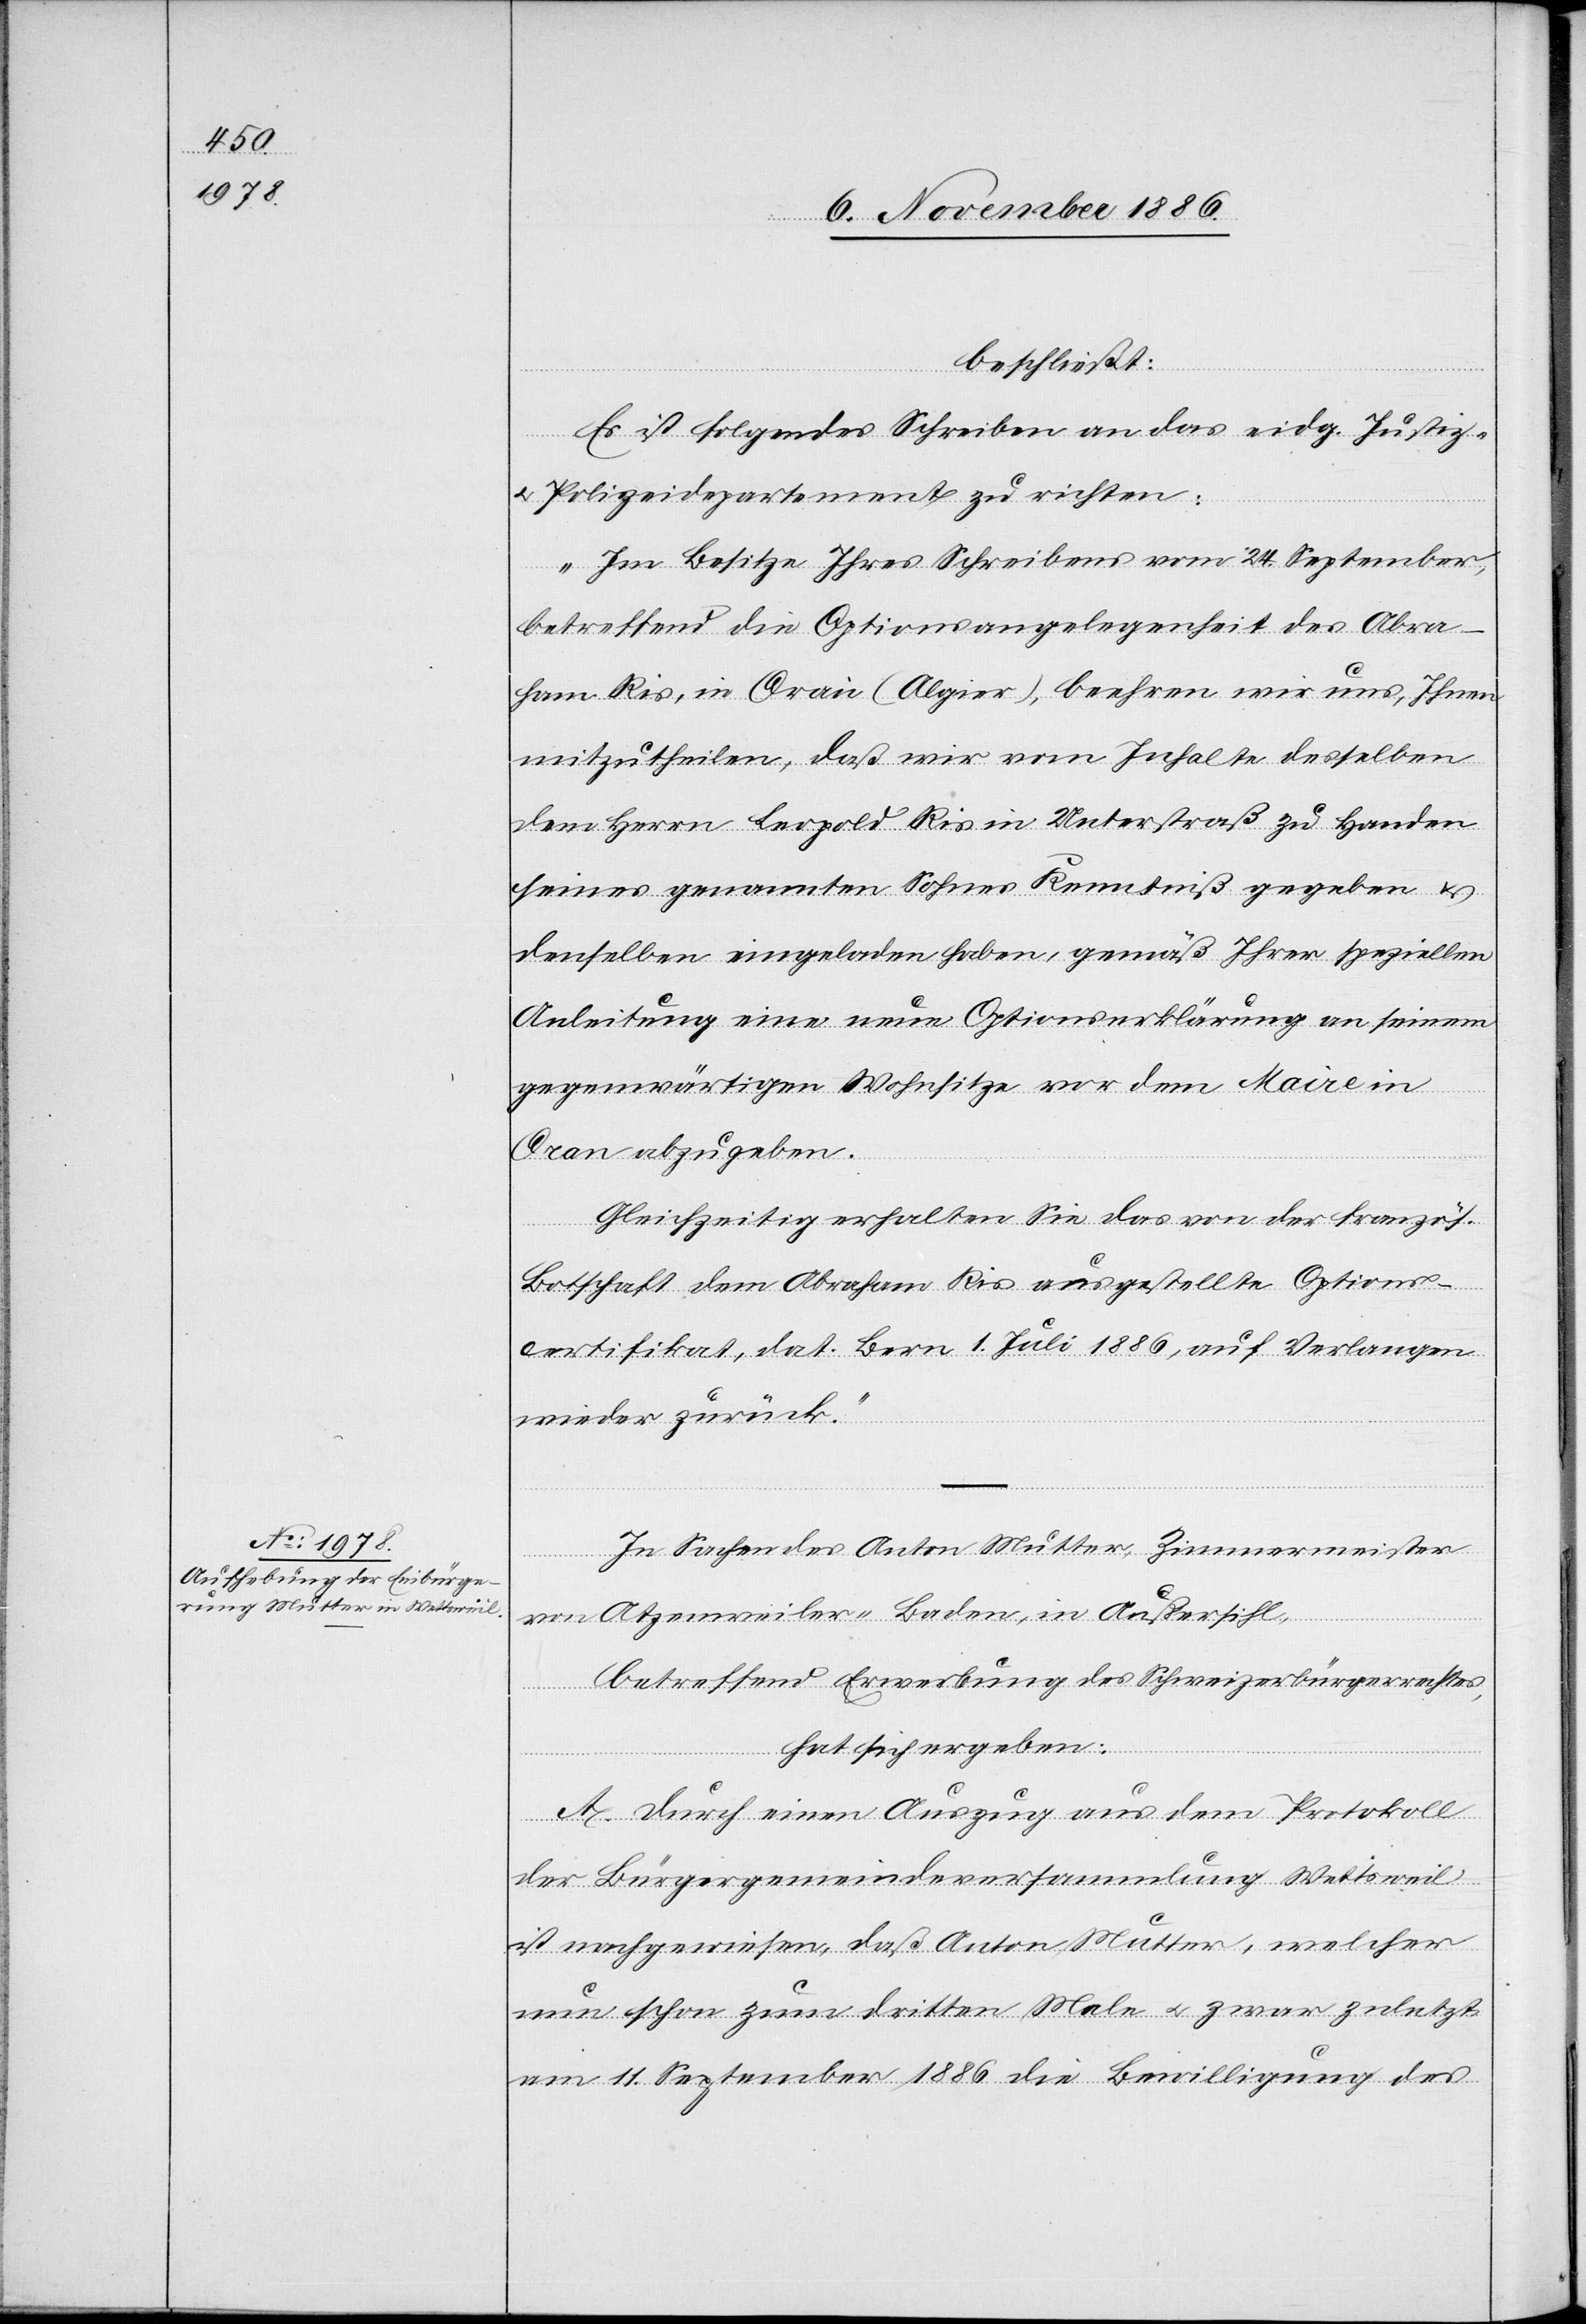
beschließt:
Es ist folgendes Schreiben an das eidg. Justiz-
& Polizeidepartement zu richten:
„Im Besitze Ihres Schreibens vom 24. September,
betreffend die Optionsangelegenheit des Abra¬
ham Ris, in Oran (Algier), beehren wir uns, Ihnen
mitzutheilen, daß wir vom Inhalte desselben
dem Herrn Leopold Ris in Unterstraß zu Handen
seines genannten Sohnes Kenntniß gegeben &
denselben eingeladen haben, gemäß Ihrer speziellen
Anleitung eine neue Optionserklärung an seinem
gegenwärtigen Wohnsitze vor dem Maire in
Oran abzugeben.
Gleichzeitig erhalten Sie das von der französ.
Botschaft dem Abraham Ris ausgestellte Options¬
certifikat, dat. Bern 1. Juli 1886, auf Verlangen
wieder zurück.“
In Sachen des Anton Mutter, Zimmermeister
von Atzenweiler - Baden, in Außersihl,
betreffend Erwerbung des Schweizerbürgerrechtes,
hat sich ergeben:
A. Durch einen Auszug aus dem Protokoll
der Bürgergemeindeversammlung Wettsweil
ist nachgewiesen, daß Anton Mutter, welcher
nun schon zum dritten Male & zwar zuletzt
am 11. September 1886 die Bewilligung des